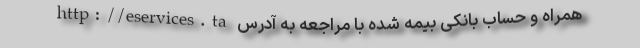
همراه و حساب بانکی بیمه شده با مراجعه به آدرس http://eservices.ta